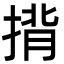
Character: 揹